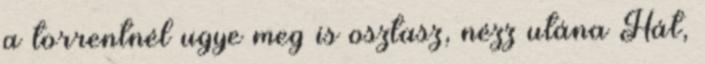
a torrentnél ugye meg is osztasz, nézz utána Hát,